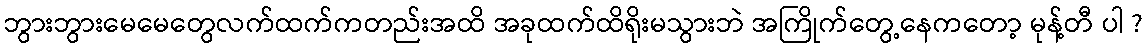
ဘွားဘွားမေမေတွေလက်ထက်ကတည်းအထိ အခုထက်ထိရိုးမသွားဘဲ အကြိုက်တွေ့နေကတော့ မုန့်တီ ပါ ?